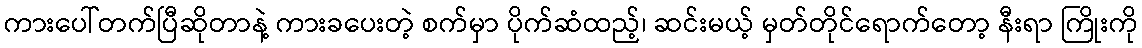
ကားပေါ်တက်ပြီဆိုတာနဲ့ ကားခပေးတဲ့ စက်မှာ ပိုက်ဆံထည့်၊ ဆင်းမယ့် မှတ်တိုင်ရောက်တော့ နီးရာ ကြိုးကို